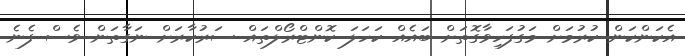
އެކަންކަން ކުރުމަށް މަގުފަހިވާގޮތަށް ބައެއް ކަހަލަ ކޮންޓްރޯލްތައް ސަރުކާރަށް ނަގާތަން ވެސް ފެނެ